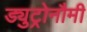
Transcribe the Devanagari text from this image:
ड्युट्रोनौमी